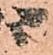
ニ